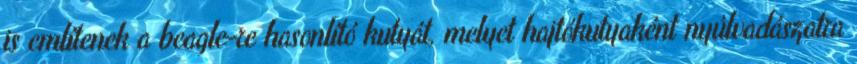
is említenek a beagle-re hasonlító kutyát, melyet hajtókutyaként nyúlvadászatra